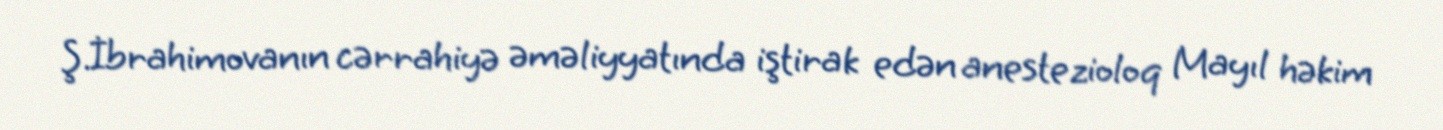
Ş.İbrahimovanın cərrahiyə əməliyyatında iştirak edən anestezioloq Mayıl həkim